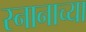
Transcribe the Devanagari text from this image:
स्नानाच्या